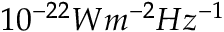
1 0 ^ { - 2 2 } W m ^ { - 2 } H z ^ { - 1 }